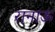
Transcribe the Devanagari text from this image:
रानाऊ